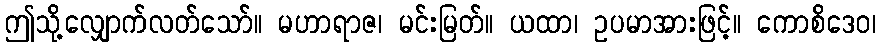
ဤသို့လျှောက်လတ်သော်။ မဟာရာဇ၊ မင်းမြတ်။ ယထာ၊ ဥပမာအားဖြင့်။ ကောစိဒေဝ၊